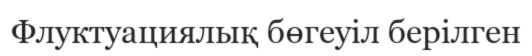
Флуктуациялық бөгеуіл берілген